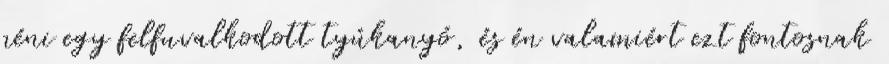
néni egy felfuvalkodott tyúkanyó, és én valamiért ezt fontosnak